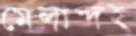
মেলান্দহ